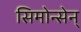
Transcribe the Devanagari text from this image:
सिमोन्सेन्